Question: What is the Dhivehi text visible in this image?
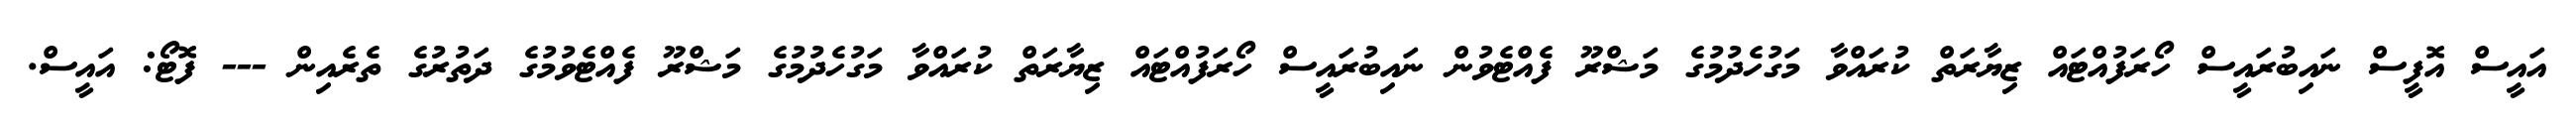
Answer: އައީސް އޮފީސް ނައިބުރައީސް ހޯރަފުއްޓައް ޒިޔާރަތް ކުރައްވާ މަގުހެދުމުގެ މަޝްރޫ ފެއްޓެވުން ނައިބުރައީސް ހޯރަފުއްޓައް ޒިޔާރަތް ކުރައްވާ މަގުހެދުމުގެ މަޝްރޫ ފެއްޓެވުމުގެ ދަތުރުގެ ތެރެއިން --- ފޮޓޯ: އައީސް.